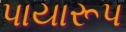
પાયારૂપ